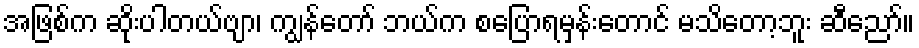
အဖြစ်က ဆိုးပါတယ်ဗျာ၊ ကျွန်တော် ဘယ်က စပြောရမှန်းတောင် မသိတော့ဘူး ဆီညော်။